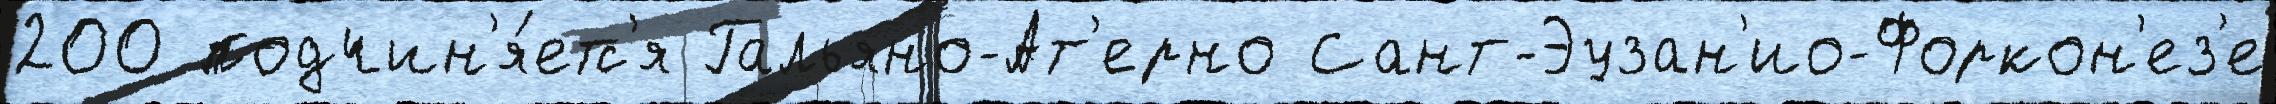
200 подчин'я́етс'я Гальяно-Ат'ерно Сант-Эузан'ио-Форкон'ез'е